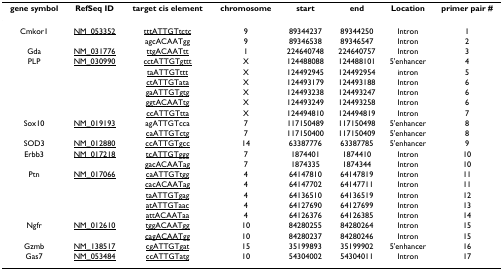
<table><thead><tr><td><b>gene symbol</b></td><td><b>RefSeq ID</b></td><td><b>target cis element</b></td><td><b>chromosome</b></td><td><b>start</b></td><td><b>end</b></td><td><b>Location</b></td><td><b>primer pair #</b></td></tr></thead><tbody><tr><td>Cmkor1</td><td><underline>NM_053352</underline></td><td><underline>tttATTGTtctc</underline></td><td>9</td><td>89344237</td><td>89344250</td><td>Intron</td><td>1</td></tr><tr><td></td><td></td><td>agcACAATgg</td><td>9</td><td>89346538</td><td>89346547</td><td>Intron</td><td>2</td></tr><tr><td>Gda</td><td><underline>NM_031776</underline></td><td><underline>ttgACAATtt</underline></td><td>1</td><td>224640748</td><td>224640757</td><td>Intron</td><td>3</td></tr><tr><td>PLP</td><td><underline>NM_030990</underline></td><td><underline>cctATTGTgttt</underline></td><td>X</td><td>124488088</td><td>124488101</td><td>5&#x27;enhancer</td><td>4</td></tr><tr><td></td><td></td><td><underline>taATTGTttt</underline></td><td>X</td><td>124492945</td><td>124492954</td><td>intron</td><td>5</td></tr><tr><td></td><td></td><td><underline>ctATTGTata</underline></td><td>X</td><td>124493179</td><td>124493188</td><td>Intron</td><td>6</td></tr><tr><td></td><td></td><td><underline>gaATTGTgtg</underline></td><td>X</td><td>124493238</td><td>124493247</td><td>Intron</td><td>6</td></tr><tr><td></td><td></td><td><underline>ggtACAATtg</underline></td><td>X</td><td>124493249</td><td>124493258</td><td>Intron</td><td>6</td></tr><tr><td></td><td></td><td><underline>ccATTGTtta</underline></td><td>X</td><td>124494810</td><td>124494819</td><td>Intron</td><td>7</td></tr><tr><td>Sox10</td><td><underline>NM_019193</underline></td><td>agATTGTcca</td><td>7</td><td>117150489</td><td>117150498</td><td>5&#x27;enhancer</td><td>8</td></tr><tr><td></td><td></td><td><underline>caATTGTctg</underline></td><td>7</td><td>117150400</td><td>117150409</td><td>5&#x27;enhancer</td><td>8</td></tr><tr><td>SOD3</td><td><underline>NM_012880</underline></td><td><underline>ccATTGTgcc</underline></td><td>14</td><td>63387776</td><td>63387785</td><td>5&#x27;enhancer</td><td>9</td></tr><tr><td>Erbb3</td><td><underline>NM_017218</underline></td><td><underline>tcATTGTggg</underline></td><td>7</td><td>1874401</td><td>1874410</td><td>Intron</td><td>10</td></tr><tr><td></td><td></td><td><underline>gacACAATag</underline></td><td>7</td><td>1874335</td><td>1874344</td><td>Intron</td><td>10</td></tr><tr><td>Ptn</td><td><underline>NM_017066</underline></td><td><underline>caATTGTtgg</underline></td><td>4</td><td>64147810</td><td>64147819</td><td>Intron</td><td>11</td></tr><tr><td></td><td></td><td><underline>cacACAATag</underline></td><td>4</td><td>64147702</td><td>64147711</td><td>Intron</td><td>11</td></tr><tr><td></td><td></td><td><underline>taATTGTgag</underline></td><td>4</td><td>64136510</td><td>64136519</td><td>Intron</td><td>12</td></tr><tr><td></td><td></td><td><underline>atATTGTaac</underline></td><td>4</td><td>64127690</td><td>64127699</td><td>Intron</td><td>13</td></tr><tr><td></td><td></td><td><underline>attACAATaa</underline></td><td>4</td><td>64126376</td><td>64126385</td><td>Intron</td><td>14</td></tr><tr><td>Ngfr</td><td><underline>NM_012610</underline></td><td><underline>tggACAATgg</underline></td><td>10</td><td>84280255</td><td>84280264</td><td>Intron</td><td>15</td></tr><tr><td></td><td></td><td><underline>cagACAATgg</underline></td><td>10</td><td>84280237</td><td>84280246</td><td>Intron</td><td>15</td></tr><tr><td>Gzmb</td><td><underline>NM_138517</underline></td><td><underline>cgATTGTgat</underline></td><td>15</td><td>35199893</td><td>35199902</td><td>5&#x27;enhancer</td><td>16</td></tr><tr><td>Gas7</td><td><underline>NM_053484</underline></td><td><underline>ccATTGTatg</underline></td><td>10</td><td>54304002</td><td>54304011</td><td>Intron</td><td>17</td></tr></tbody></table>